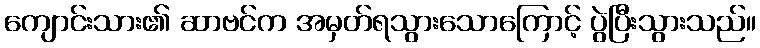
ကျောင်းသား၏ ဆာဗင်က အမှတ်ရသွားသောကြောင့် ပွဲပြီးသွားသည်။